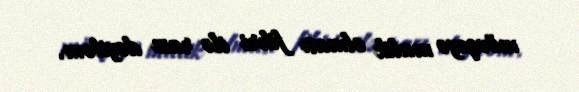
mövqeyə malik olması fikri ilə razı deyiləm.